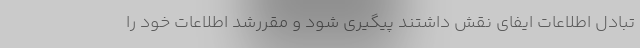
تبادل اطلاعات ایفای نقش داشتند پیگیری شود و مقررشد اطلاعات خود را